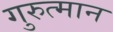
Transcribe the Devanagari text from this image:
गुरुत्मान